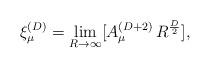
LaTeX: \begin{align*}\xi_{\mu}^{(D)}=\lim_{R \rightarrow \infty} [A_{\mu}^{(D+2)} \, R^{D \over 2}],\end{align*}